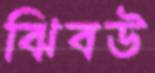
ঝিবউ